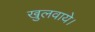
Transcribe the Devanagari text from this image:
खुलवाये।